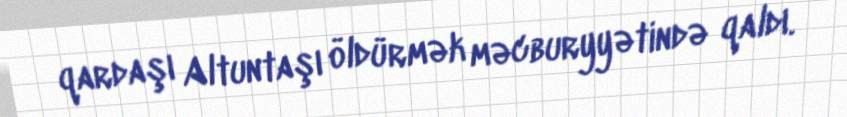
qardaşı Altuntaşı öldürmək məcburyyətində qaldı.